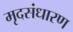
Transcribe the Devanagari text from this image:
मृदसंधारण